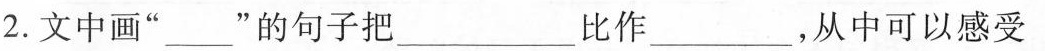
2.文中画”___”的句子把___比作___，从中可以感受